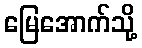
မြေအောက်သို့